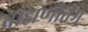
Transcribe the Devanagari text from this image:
ब्राह्मणोत्तम